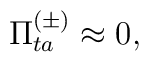
\Pi_{ta}^{(\pm)}\approx 0,